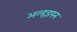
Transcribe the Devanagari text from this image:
अल्हड़पन